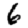
Digit: 6